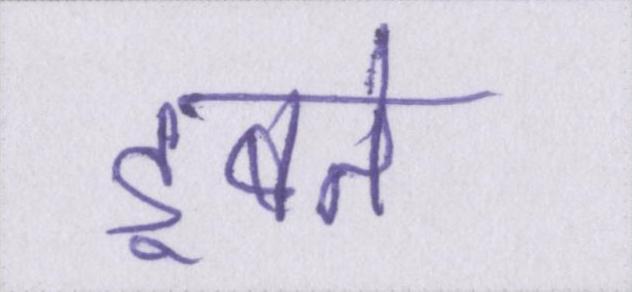
डूबते